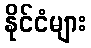
နိုင်ငံများ